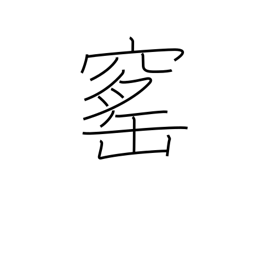
Meaning: brick kiln